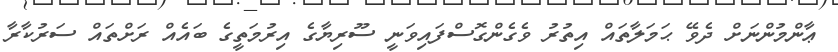
ޢާންމުންނަށް ދެވޭ ޙަމަލާތައް އިތުރު ވެގެންގޮސްފައިވަނީ ސޫރިޔާގެ އިރުމަތީގެ ބައެއް ރަށްތައް ސަރުކާރާ